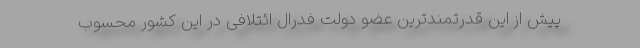
پیش از این قدرتمند‌ترین عضو دولت فدرال ائتلافی در این کشور محسوب